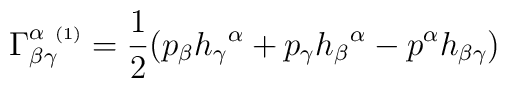
\Gamma^{\alpha\ {\scriptscriptstyle (1)}}_{\beta\gamma} =\frac{1}{2} (p_\beta h_\gamma{}^\alpha + p_\gamma h_\beta{}^\alpha- p^\alpha h_{\beta\gamma})